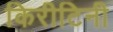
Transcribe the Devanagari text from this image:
किरीटिनी